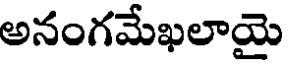
అనంగమేఖలాయై